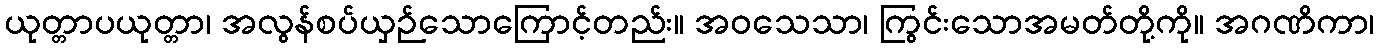
ယုတ္တာပယုတ္တာ၊ အလွန်စပ်ယှဉ်သောကြောင့်တည်း။ အဝသေသာ၊ ကြွင်းသောအမတ်တို့ကို။ အဂဏိကာ၊